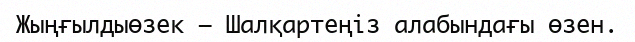
Жыңғылдыөзек – Шалқартеңіз алабындағы өзен.